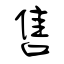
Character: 售